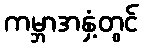
ကမ္ဘာအနှံ့တွင်